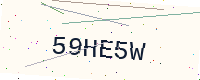
Text: 59HE5W